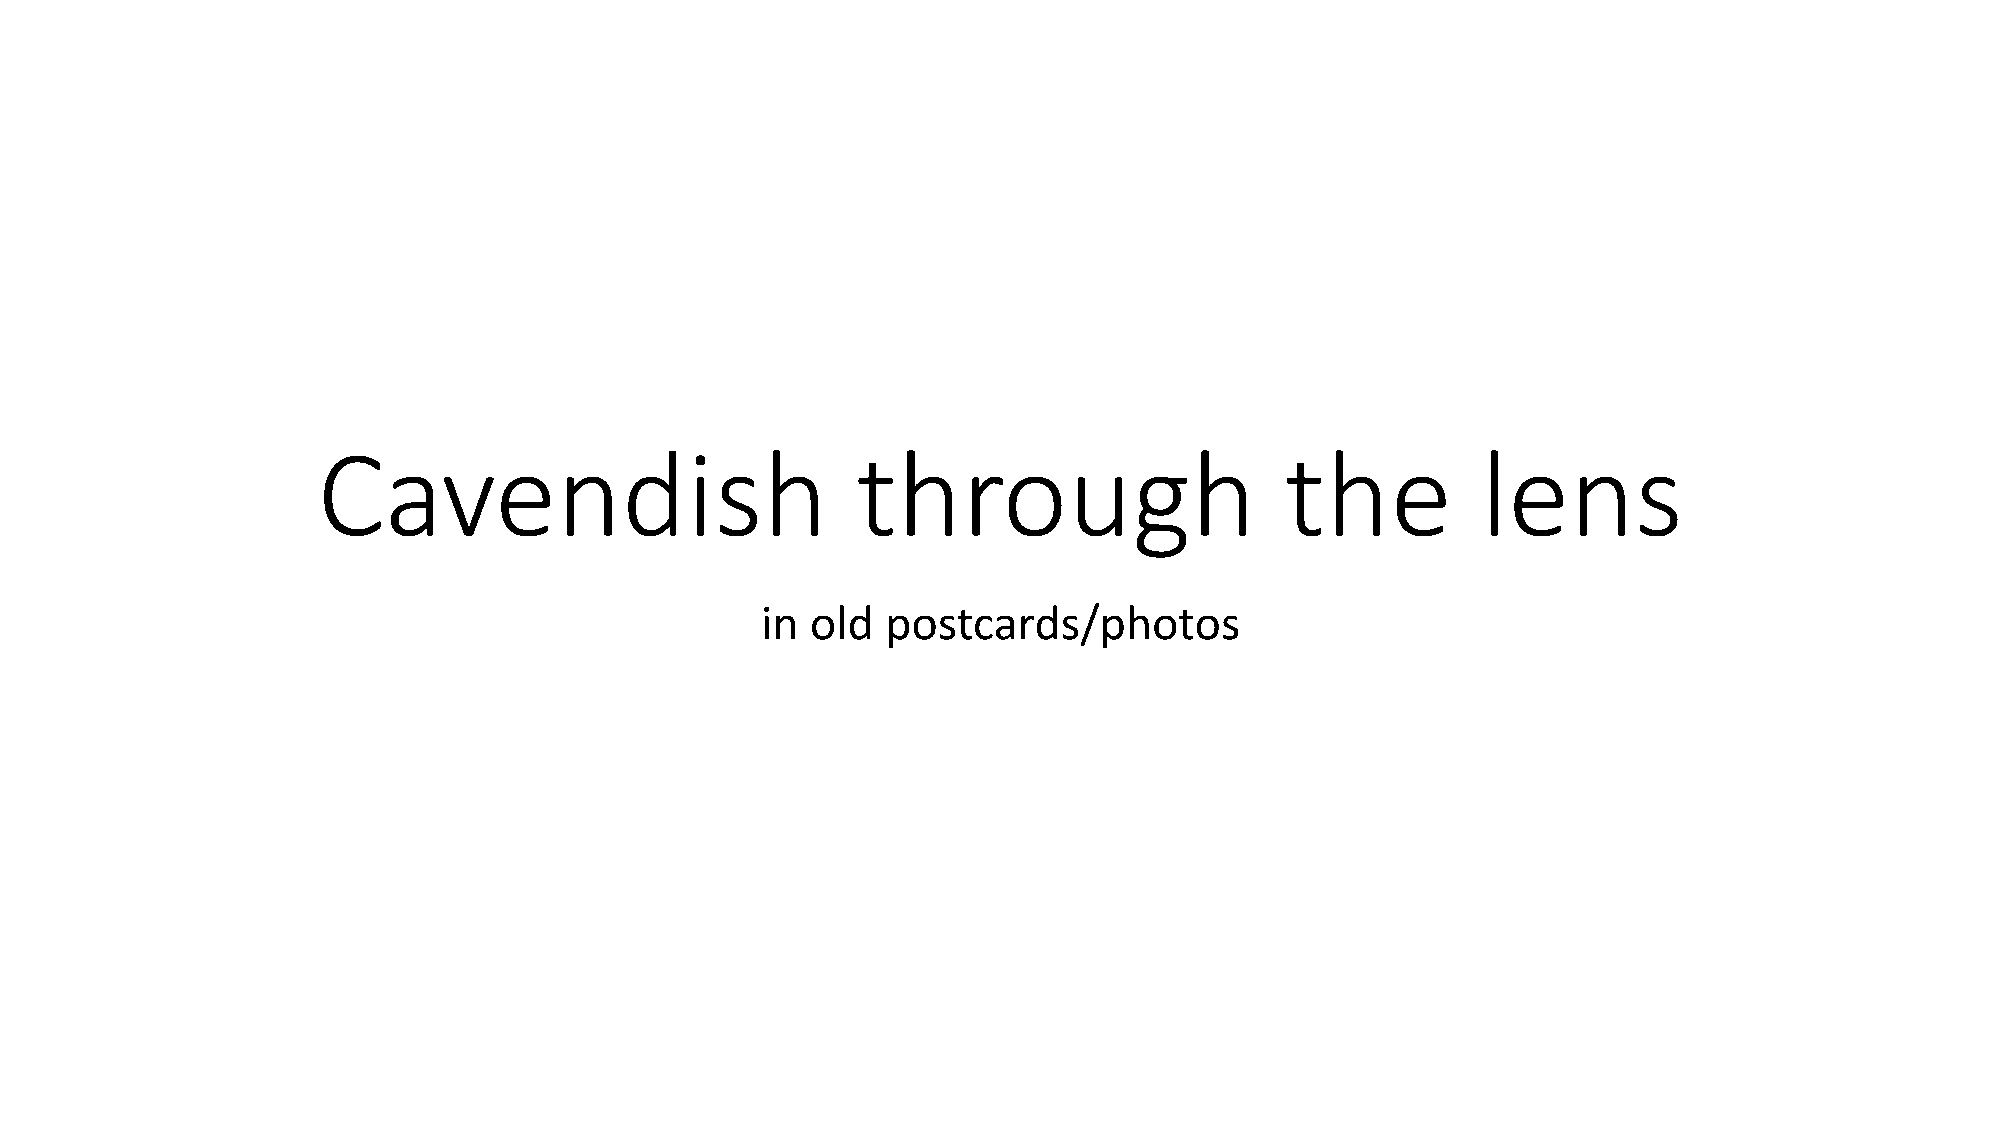
Cavendish                           through                     the          lens
 in  old  postcards/photos